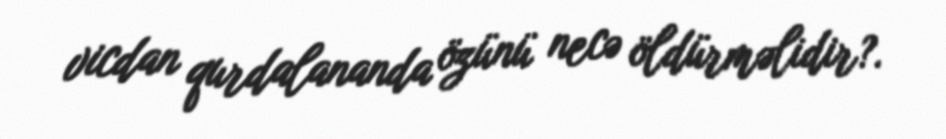
vicdan qurdalananda özünü necə öldürməlidir?.